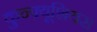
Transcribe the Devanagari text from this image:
कुन्फ़्यूशियस